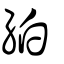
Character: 絈